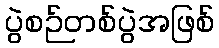
ပွဲစဉ်တစ်ပွဲအဖြစ်